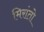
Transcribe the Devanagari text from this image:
मिरांतो